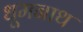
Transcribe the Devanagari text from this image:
धूमनाथ